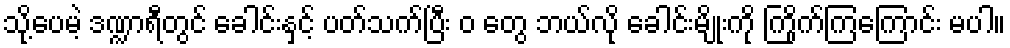
သို့ပေမဲ့ ဒဏ္ဍာရီတွင် ခေါင်းနှင့် ပတ်သက်ပြီး ဝ တွေ ဘယ်လို ခေါင်းမျိုးကို ကြိုက်ကြကြောင်း မပါ။